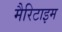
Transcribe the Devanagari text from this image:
मैरिटाइम